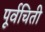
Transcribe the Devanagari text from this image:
पूर्वचिती